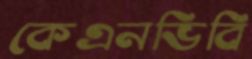
কেএনভিবি